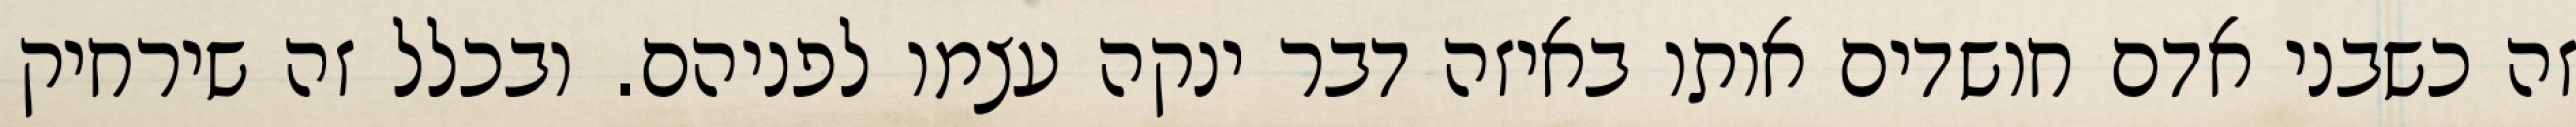
זה כשבני אדם חושדים אותו באיזה דבר ינקה עצמו לפניהם. ובכלל זה שירחיק